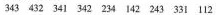
343 432 341 342 234 142 243 331 112